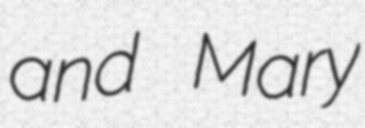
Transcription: and Mary